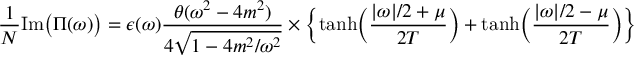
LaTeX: \frac { 1 } { N } \mathrm { I m } \bigl ( \Pi ( \omega ) \bigr ) = \epsilon ( \omega ) { \frac { \theta ( \omega ^ { 2 } - 4 m ^ { 2 } ) } { 4 \sqrt { 1 - 4 m ^ { 2 } / \omega ^ { 2 } } } } \times \Bigl \{ \operatorname { t a n h } \Bigl ( { \frac { | \omega | / 2 + \mu } { 2 T } } \Bigr ) + \operatorname { t a n h } \Bigl ( { \frac { | \omega | / 2 - \mu } { 2 T } } \Bigr ) \Bigr \}